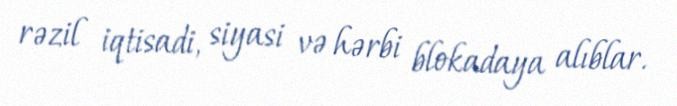
rəzil iqtisadi, siyasi və hərbi blokadaya alıblar.